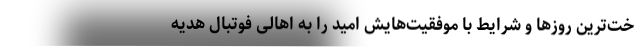
خت‌ترین روزها و شرایط با موفقیت‌هایش امید را به اهالی فوتبال هدیه